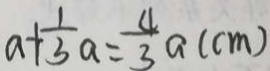
a + \frac { 1 } { 3 } a = \frac { 4 } { 3 } a ( c m )